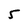
Character: 5